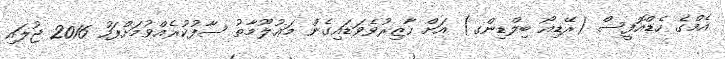
އެމްގެ ހެޑްއޮފީސް (ރޭޑިއޯ ބިލްޑިންގ) އަށް ހާޒިރުވެވަޑައިގެން މަޢުލޫމާތު ސާފުކުރެއްވުމަށްފަހު 2016 ޖުލައި